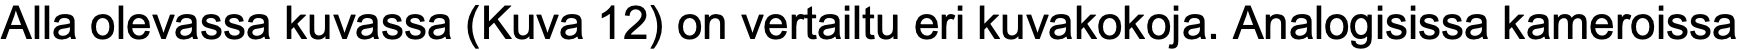
Alla olevassa kuvassa (Kuva 12) on vertailtu eri kuvakokoja. Analogisissa kameroissa